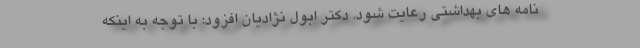
نامه های بهداشتی رعایت شود. دکتر ابول نژادیان افزود: با توجه به اینکه